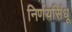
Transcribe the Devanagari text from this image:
निर्णयसिंधू